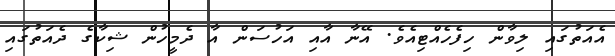
އެއަތުގައި ލިވާން ހިފެހެއްޓިއެވެ. އޭނާ އާއި އަހުސަން އާ ދެމީހުން ޝިކާގެ ދެއަތުގައި